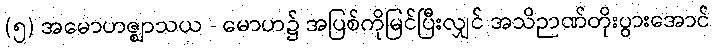
(၅) အမောဟဇ္ဈာသယ - မောဟ၌ အပြစ်ကိုမြင်ပြီးလျှင် အသိဉာဏ်တိုးပွားအောင်